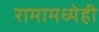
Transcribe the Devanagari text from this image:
रामामध्येही